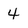
Character: 4